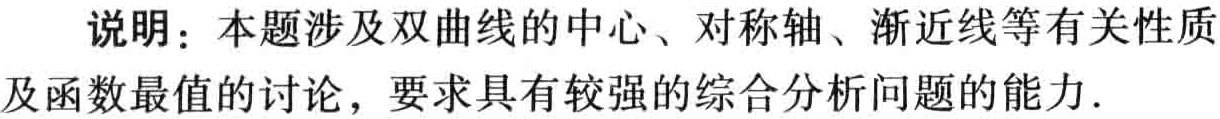
说明：本题涉及双曲线的中心、对称轴、渐近线等有关性质及函数最值的讨论，要求具有较强的综合分析问题的能力.